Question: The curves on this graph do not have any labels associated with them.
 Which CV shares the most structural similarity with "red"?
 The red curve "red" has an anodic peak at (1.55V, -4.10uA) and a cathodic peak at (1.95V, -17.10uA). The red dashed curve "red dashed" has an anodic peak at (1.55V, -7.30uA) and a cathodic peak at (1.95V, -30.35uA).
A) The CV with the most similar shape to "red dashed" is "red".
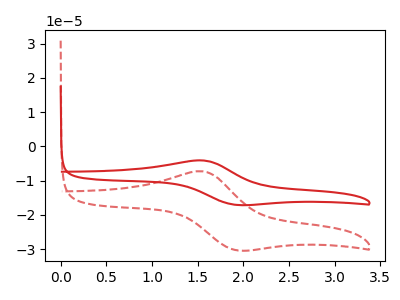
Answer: <think>All the peaks in "red" have a peak in "red dashed" at the same potential.
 </think>
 <answer>A) The CV with the most similar shape to "red dashed" is "red".</answer>
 <eval>A</eval>